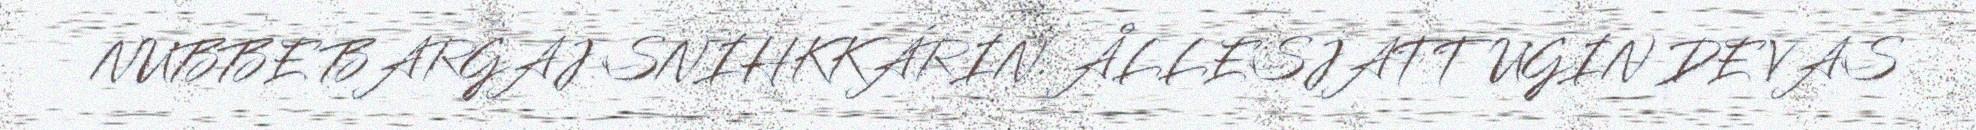
NUBBE BARGAJ SNIHKKÁRIN. ÅLLESJATTUGIN DE VAS